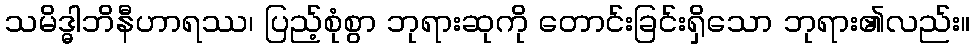
သမိဒ္ဓါဘိနီဟာရဿ၊ ပြည့်စုံစွာ ဘုရားဆုကို တောင်းခြင်းရှိသော ဘုရား၏လည်း။